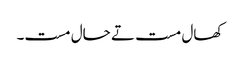
کھال مست تے حال مست۔